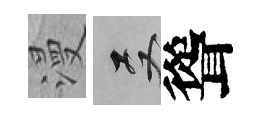
漫双聳